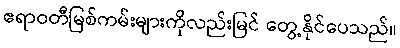
ဧရာဝတီမြစ်ကမ်းများကိုလည်းမြင် တွေ့နိုင်ပေသည်။